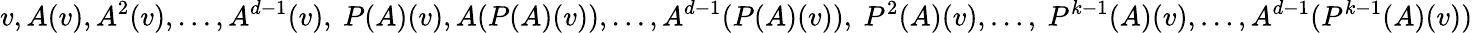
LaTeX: v,A(v),A^{2}(v),\ldots,A^{d-1}(v),~P(A)(v),A(P(A)(v)),\ldots,A^{d-1}(P(A)(v)),~P^{2}(A)(v),\ldots,~P^{k-1}(A)(v),\ldots,A^{d-1}(P^{k-1}(A)(v))